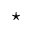
^ \star